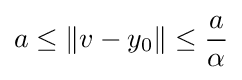
a\leq \left\|v-y_{0}\right\|\leq {\frac {a}{\alpha }}